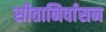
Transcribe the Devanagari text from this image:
सीतानिर्वासन